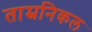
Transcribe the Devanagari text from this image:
ताम्रनिकल